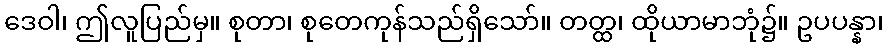
ဒေဝါ၊ ဤလူပြည်မှ။ စုတာ၊ စုတေကုန်သည်ရှိသော်။ တတ္ထ၊ ထိုယာမာဘုံ၌။ ဥပပန္နာ၊